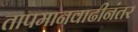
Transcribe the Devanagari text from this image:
तापमानवाढीनंतर